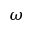
\omega